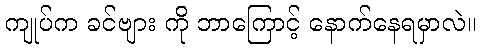
ကျုပ်က ခင်ဗျား ကို ဘာကြောင့် နောက်နေရမှာလဲ။